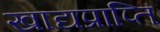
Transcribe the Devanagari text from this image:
खाद्यप्राप्ति